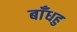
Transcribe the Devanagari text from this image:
बाँधहु